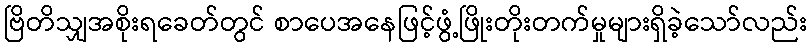
ဗြိတိသျှအစိုးရခေတ်တွင် စာပေအနေဖြင့်ဖွံ့ဖြိုးတိုးတက်မှုများရှိခဲ့သော်လည်း